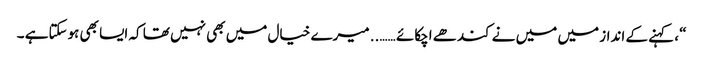
“ ، کہنے کے انداز میں میں نے کندھے اچکائے …….. میرے خیال میں بھی نہیں تھا کہ ایسا بھی ہوسکتاہے ۔